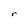
Character: r